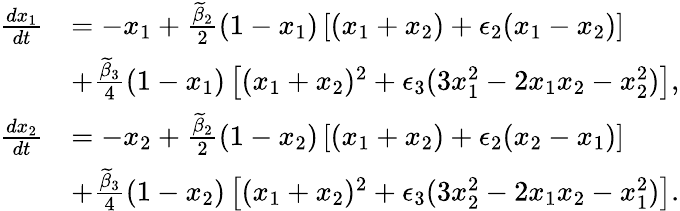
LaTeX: \begin{array}{rl}{\frac{dx_{1}}{dt}}&{=-x_{1}+\frac{\widetilde{\beta}_{2}}{2}(1-x_{1})\left[(x_{1}+x_{2})+\epsilon_{2}(x_{1}-x_{2})\right]}\\ &{+\frac{\widetilde{\beta}_{3}}{4}(1-x_{1})\left[(x_{1}+x_{2})^{2}+\epsilon_{3}(3x_{1}^{2}-2x_{1}x_{2}-x_{2}^{2})\right],}\\ {\frac{dx_{2}}{dt}}&{=-x_{2}+\frac{\widetilde{\beta}_{2}}{2}(1-x_{2})\left[(x_{1}+x_{2})+\epsilon_{2}(x_{2}-x_{1})\right]}\\ &{+\frac{\widetilde{\beta}_{3}}{4}(1-x_{2})\left[(x_{1}+x_{2})^{2}+\epsilon_{3}(3x_{2}^{2}-2x_{1}x_{2}-x_{1}^{2})\right].}\end{array}